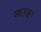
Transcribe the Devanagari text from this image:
साऱ्याहून